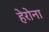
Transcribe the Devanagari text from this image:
हेरोना